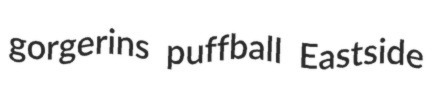
gorgerins puffball Eastside